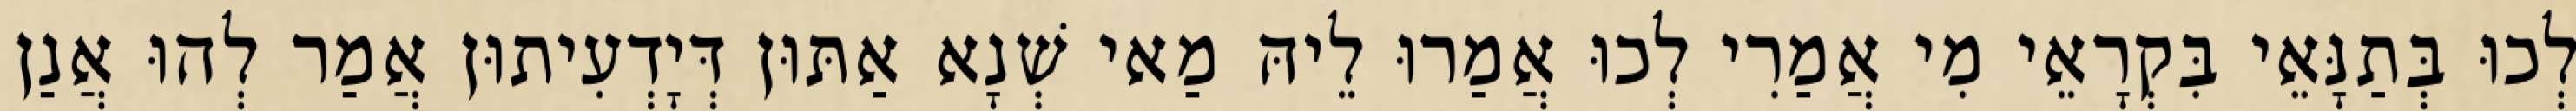
לְכוּ בְּתַנָּאֵי בִּקְרָאֵי מִי אֲמַרִי לְכוּ אֲמַרוּ לֵיהּ מַאי שְׁנָא אַתּוּן דְּיָדְעִיתוּן אֲמַר לְהוּ אֲנַן